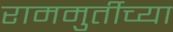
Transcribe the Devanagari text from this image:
राममुर्तीच्या